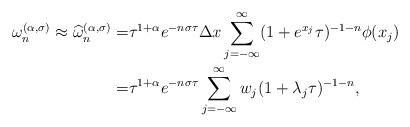
LaTeX: \begin{align*}\begin{aligned}\omega_n^{(\alpha,\sigma)}\approx \widehat{\omega}_n^{(\alpha,\sigma)}=&{\tau^{1+\alpha} e^{-n\sigma\tau}}\Delta{x}\sum_{j=-\infty}^{\infty} (1+e^{x_j}\tau)^{-1-n} \phi(x_j)\\=&{\tau^{1+\alpha} e^{-n\sigma\tau}} \sum_{j=-\infty}^{\infty}w_j(1+\lambda_j\tau)^{-1-n},\end{aligned}\end{align*}